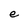
Character: e